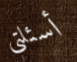
أسئلتي